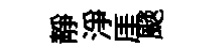
静浄厓颷